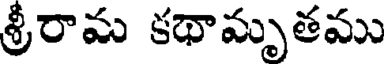
శ్రీరామ కథామృతము